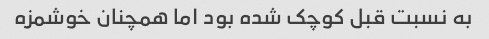
به نسبت قبل کوچک شده بود اما همچنان خوشمزه